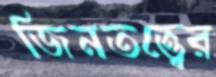
জিনতত্ত্বের